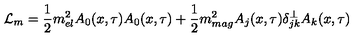
{ \mathcal L } _ { m } = \frac { 1 } { 2 } m _ { e l } ^ { 2 } A _ { 0 } ( x , \tau ) A _ { 0 } ( x , \tau ) + \frac { 1 } { 2 } m _ { m a g } ^ { 2 } A _ { j } ( x , \tau ) \delta _ { j k } ^ { \perp } A _ { k } ( x , \tau )